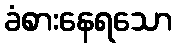
ခံစားနေရသော